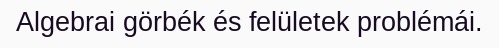
Algebrai görbék és felületek problémái.